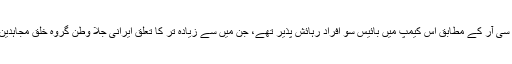
یو این ایچ سی آر کے مطابق اس کیمپ میں بائیس سو افراد رہائش پذیر تھے، جن میں سے زیادہ تر کا تعلق ایرانی جلا وطن گروہ خلق مجاہدین سے تھا۔